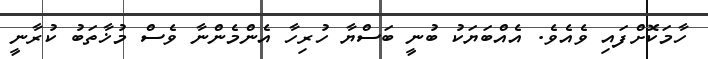
ހާމަކޮށްފައި ވެއެވެ. އެއްބަޔަކު ބުނީ ބަސްޔާ ހުރިހާ އެންމެންނާ ވެސް މުޚާތަބު ކުރާނީ